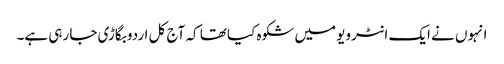
انہوں نے ایک انٹرویو میں شکوہ کیا تھا کہ آج کل اردو بگاڑی جا رہی ہے۔